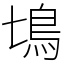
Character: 𩾔